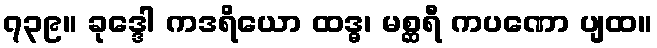
၇၃၉။ ခုဒ္ဒေါ ကဒရိယော ထဒ္ဓ၊ မစ္ဆရီ ကပဏော ပျထ။